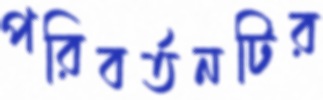
পরিবর্তনটির